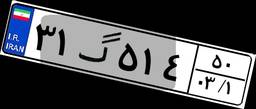
۳۱گ۵۱۴۵۰